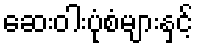
ဆေးဝါးပုံစံများနှင့်